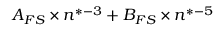
A _ { F S } \times n ^ { * - 3 } + B _ { F S } \times n ^ { * - 5 }